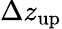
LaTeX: \Delta z_{\mathrm{up}}